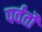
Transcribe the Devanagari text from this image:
पर्वर्तों